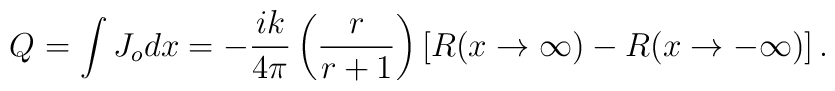
Q_{}=\int J_o dx= -\frac{ik}{4\pi }\left( \frac{r}{r+1}\right) \left[R(x \rightarrow \infty )-R(x \rightarrow -\infty )\right].